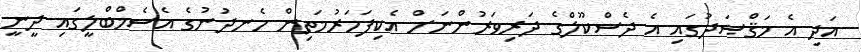
އަދި އެ މަޤްޞަދުގައި އެ ދެސްކޫލްގެ ދަރިވަރުންނަށް އެކިފަހަރުމަތިން ހެނދުނުގެ އެސެމްބްލީގައި ދީނީ